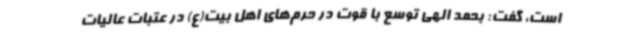
است، گفت: بحمد الهی توسع با قوت در حرم‌های اهل بیت(ع) در عتبات عالیات